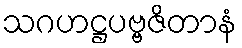
သဂဟဋ္ဌပဗ္ဗဇိတာနံ